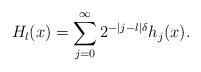
LaTeX: \begin{align*} H_l(x)=\sum_{j=0}^\infty2^{-|j-l|\delta}h_j(x). \end{align*}